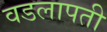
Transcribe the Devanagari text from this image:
वडलापती